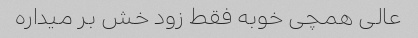
عالی همچی خوبه فقط زود خش بر میداره